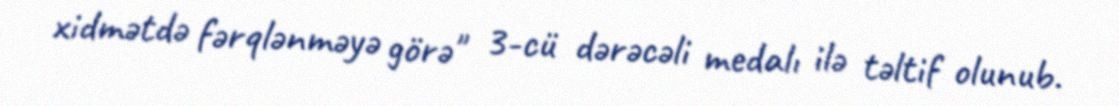
xidmətdə fərqlənməyə görə" 3-cü dərəcəli medalı ilə təltif olunub.